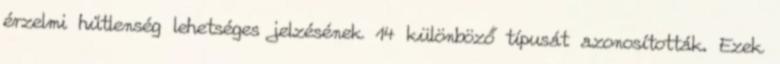
érzelmi hűtlenség lehetséges jelzésének 14 különböző típusát azonosították. Ezek